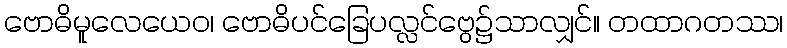
ဗောဓိမူလေယေဝ၊ ဗောဓိပင်ခြေပလ္လင်ဗွေ၌သာလျှင်။ တထာဂတဿ၊